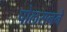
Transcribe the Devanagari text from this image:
पोलसनने